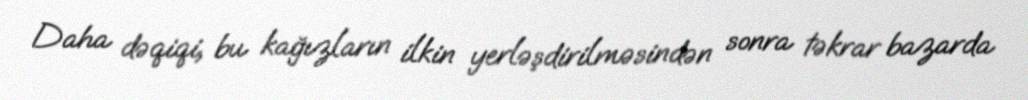
Daha dəqiqi, bu kağızların ilkin yerləşdirilməsindən sonra təkrar bazarda